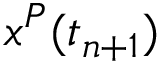
x ^ { P } ( t _ { n + 1 } )